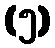
(၅)